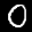
Label: 0